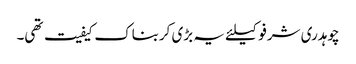
چوہدری شرفو کیلئے یہ بڑی کربناک کیفیت تھی۔